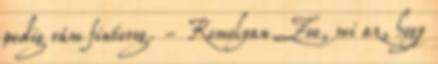
pedig rám fintorog. - Komolyan Zoe, mi az, hogy